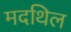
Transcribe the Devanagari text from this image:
मदथिल